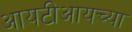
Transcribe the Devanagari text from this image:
आयटीआयच्या